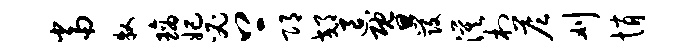
当牧璃妃必上邛郊退暨发漠村答刈悄